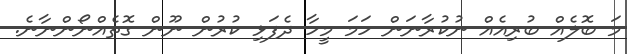
މަ ބޮލެއް ބުރިއެއް ނުކުރާނަން ހަމަ މީހާ ދެފަޅި ކުރުން ނޫން ގޮތެއްނޯންނާނެ.